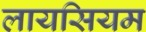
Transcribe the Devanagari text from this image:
लायसियम